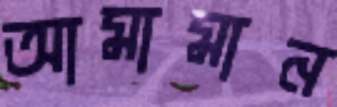
আমামান